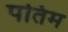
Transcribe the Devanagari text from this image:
पतिम